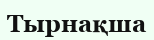
Тырнақша